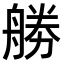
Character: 𠢧